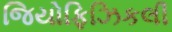
જિયોફિઝિકલી